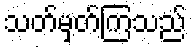
သတ်မှတ်ကြသည်